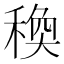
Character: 𥠅